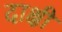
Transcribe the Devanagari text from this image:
दाक्षी